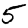
Digit: 5